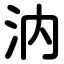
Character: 汭